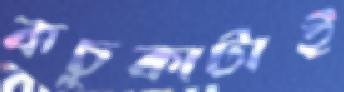
কচুকাটাই